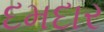
દમદાર